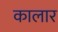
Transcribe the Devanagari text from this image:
कालार